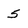
Character: 5